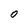
Character: 0